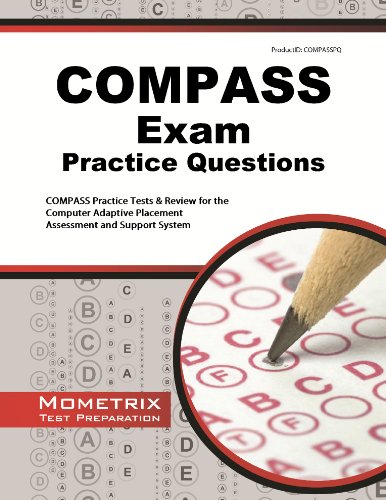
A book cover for COMPASS Exam Practice Questions: COMPASS Practice Tests & Review for the Computer Adaptive Placement Assessment and Support System; COMPASS Exam Secrets Test Prep Team; Test Preparation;